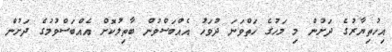
އިހުތިޔާރުގެ ދަށުން މި މަހުގެ ހަތްވަނަ ދުވަހު އެއްބަސްވުން ބާތިލުކޮށް އެއްބަސްވުމުގެ ދަށުން